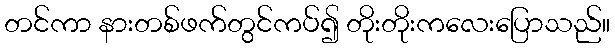
တင်ကာ နားတစ်ဖက်တွင်ကပ်၍ တိုးတိုးကလေးပြောသည်။